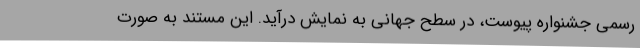
رسمی جشنواره پیوست، در سطح جهانی به نمایش درآید. این مستند به صورت